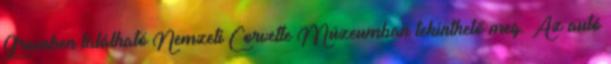
Greenben található Nemzeti Corvette Múzeumban tekinthető meg. Az autó